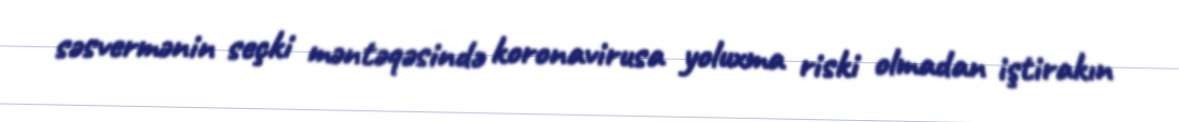
səsvermənin seçki məntəqəsində koronavirusa yoluxma riski olmadan iştirakın